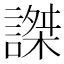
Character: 謋